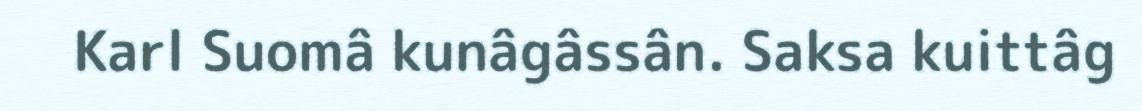
Karl Suomâ kunâgâssân. Saksa kuittâg